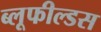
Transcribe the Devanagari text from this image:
ब्लूफील्डस